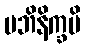
မဘိနိက္ခမိ